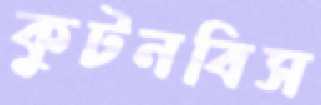
কুটনবিস